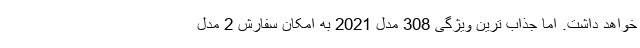
خواهد داشت. اما جذاب ترین ویژگی 308 مدل 2021 به امکان سفارش 2 مدل